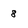
Character: 8